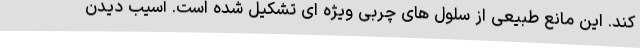
کند. این مانع طبیعی از سلول های چربی ویژه ای تشکیل شده است. آسیب دیدن